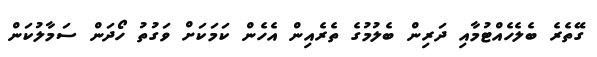
ގޭތެރެ ބެލެހެއްޓުމާއި ދަރިން ބެލުމުގެ ތެރެއިން އެހެން ކަމަކަށް ވަގުތު ހޯދަން ސަމާލުކަން